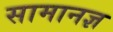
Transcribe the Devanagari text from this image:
सामानज्ञ